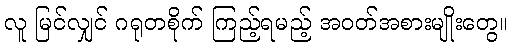
လူ မြင်လျှင် ဂရုတစိုက် ကြည့်ရမည့် အဝတ်အစားမျိုးတွေ။